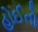
હોઈતો